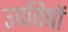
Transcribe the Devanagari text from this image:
उपविषों